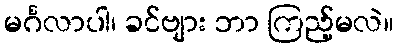
မင်္ဂလာပါ၊ ခင်ဗျား ဘာ ကြည့်မလဲ။